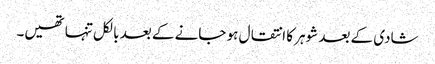
شادی کے بعد شوہر کا انتقال ہو جانے کے بعد بالکل تنہا تھیں۔